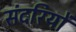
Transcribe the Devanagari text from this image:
संदरियों